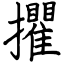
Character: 㩴